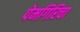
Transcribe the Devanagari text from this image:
पेमगिरिचा